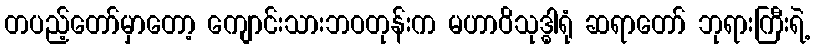
တပည့်တော်မှာတော့ ကျောင်းသားဘဝတုန်းက မဟာဝိသုဒ္ဓါရုံ ဆရာတော် ဘုရားကြီးရဲ့